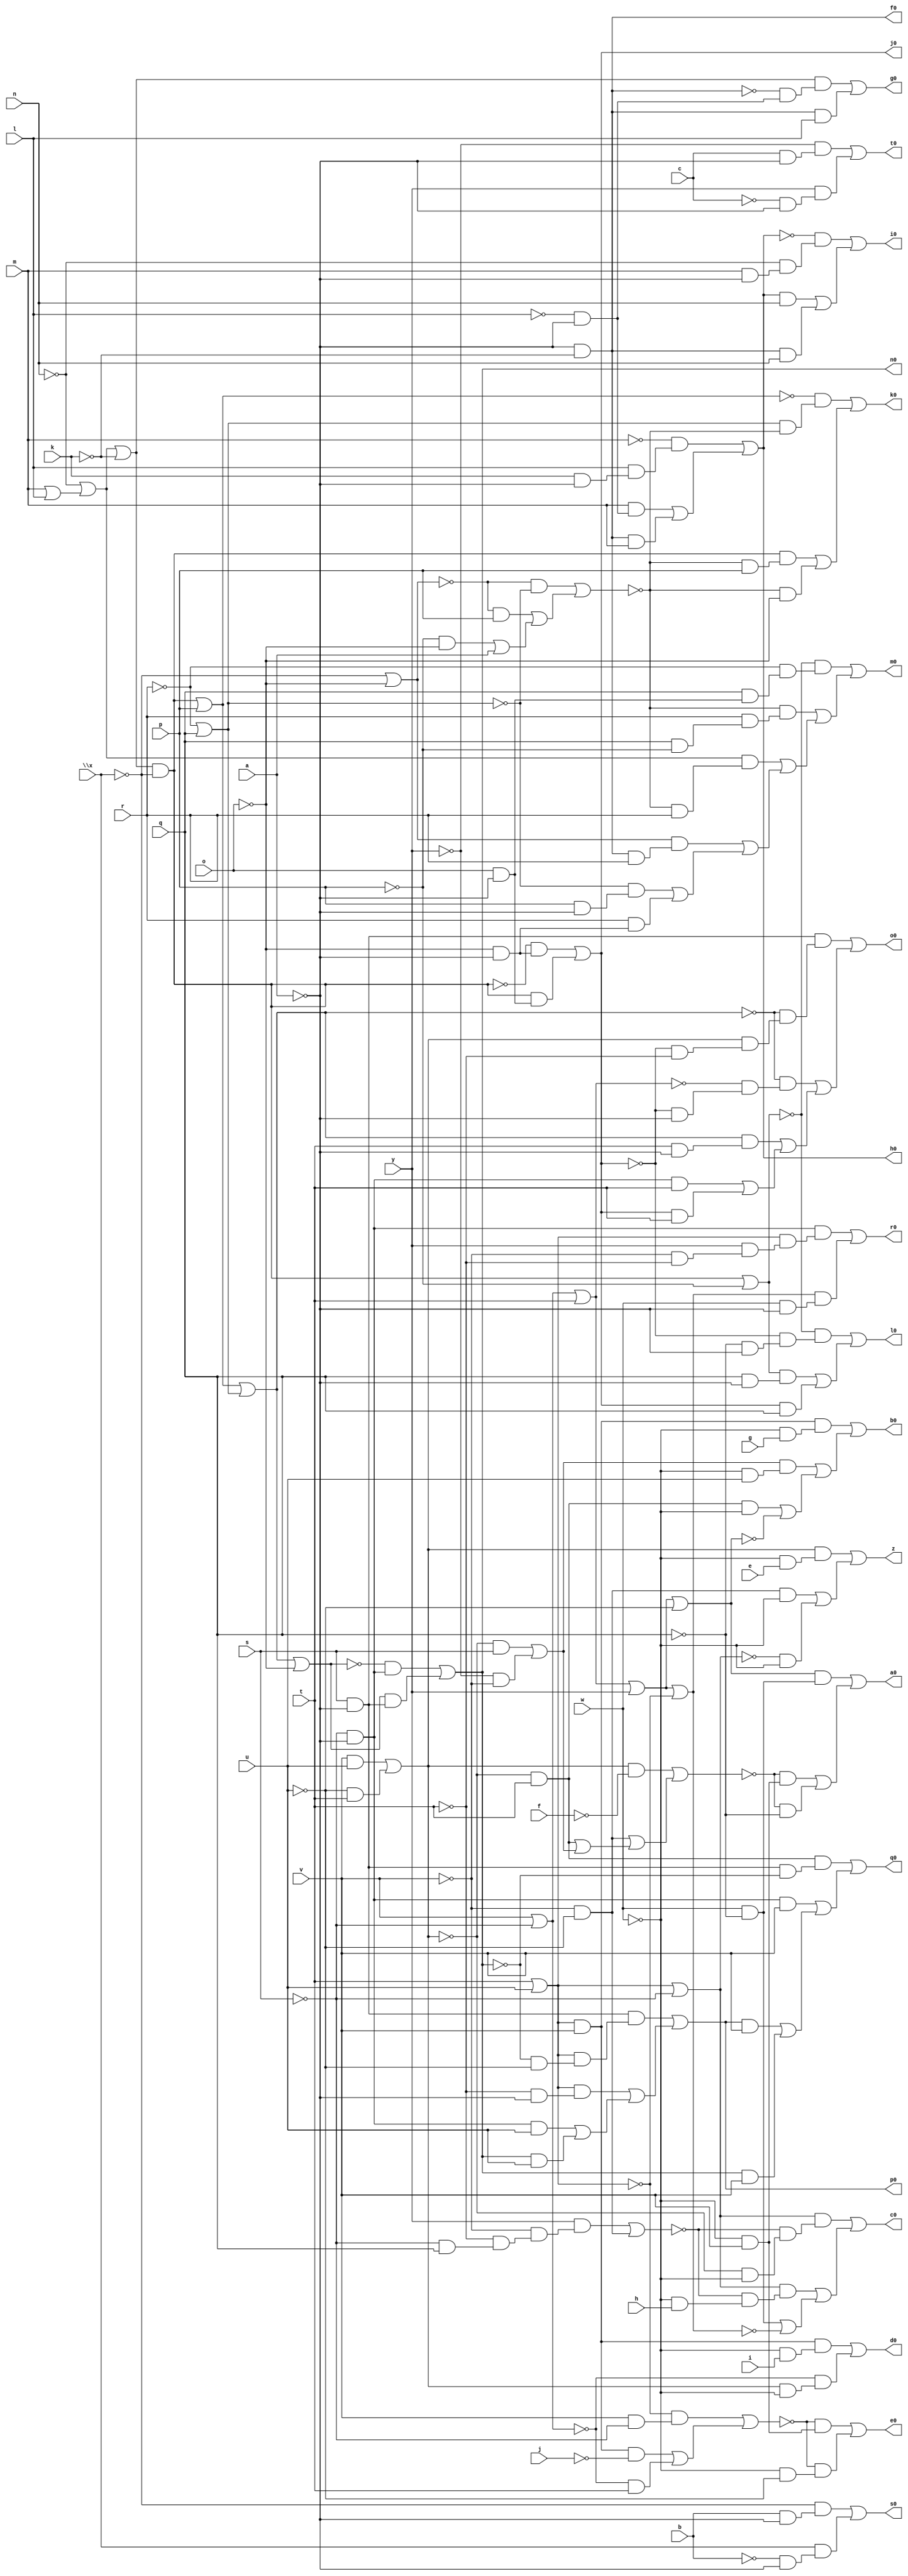
// IWLS benchmark module "ttt2" printed on Wed May 29 17:30:25 2002
module ttt2(a, b, c, e, f, g, h, i, j, k, l, m, n, o, p, q, r, s, t, u, v, w, \x , y, z, a0, b0, c0, d0, e0, f0, g0, h0, i0, j0, k0, l0, m0, n0, o0, p0, q0, r0, s0, t0);
input
  a,
  b,
  c,
  e,
  f,
  g,
  h,
  i,
  j,
  k,
  l,
  m,
  n,
  o,
  p,
  q,
  r,
  s,
  t,
  u,
  v,
  w,
  \x ,
  y;
output
  g0,
  h0,
  i0,
  j0,
  k0,
  l0,
  m0,
  z,
  n0,
  o0,
  p0,
  q0,
  r0,
  s0,
  t0,
  a0,
  b0,
  c0,
  d0,
  e0,
  f0;
wire
  \[26] ,
  \[27] ,
  \[28] ,
  j2,
  \[29] ,
  k2,
  \[10] ,
  \[45] ,
  \[11] ,
  \[12] ,
  \[13] ,
  \[48] ,
  o2,
  \[14] ,
  \[49] ,
  \[0] ,
  \[15] ,
  \[30] ,
  \[1] ,
  \[16] ,
  \[31] ,
  \[2] ,
  \[17] ,
  \[32] ,
  \[3] ,
  \[18] ,
  \[33] ,
  \[4] ,
  \[19] ,
  \[5] ,
  \[6] ,
  w1,
  w3,
  \[36] ,
  \[7] ,
  \[37] ,
  \[8] ,
  \[38] ,
  \[9] ,
  z1,
  \[39] ,
  a3,
  \[20] ,
  \[21] ,
  \[23] ,
  \[24] ,
  f3,
  \[25] ;
assign
  g0 = \[7] ,
  \[26]  = \[23]  | t,
  h0 = \[8] ,
  \[27]  = \[24]  | \[21] ,
  i0 = \[9] ,
  \[28]  = \[26]  | y,
  j0 = \[10] ,
  j2 = (v & u) | (~u & t),
  \[29]  = (~j2 & s) | (~y & ~v),
  k0 = \[11] ,
  k2 = (y & (~v & (~t & (~s & q)))) | \[49] ,
  \[10]  = (~w3 & (~o & ~a)) | (w3 & (o & ~a)),
  \[45]  = \[27]  | ~o,
  l0 = \[12] ,
  \[11]  = (~\[24]  & (\[21]  & ~f3)) | ((w3 & (~f3 & p)) | (~f3 & ~o)),
  m0 = \[13] ,
  \[12]  = (~\[30]  & (~\[10]  & (~q & ~a))) | ((\[30]  & (q & ~a)) | (\[10]  & q)),
  z = \[0] ,
  n0 = \[14] ,
  \[13]  = (~\[30]  & (~r & (q & (o & ~a)))) | ((~f3 & (r & (q & ~p))) | ((\[38]  & (~f3 & r)) | ((\[31]  & (\[6]  & r)) | ((~\[21]  & (p & ~a)) | (r & (~o & ~a)))))),
  \[48]  = ~j2 & t,
  o0 = \[15] ,
  o2 = (~z1 & (v & ~s)) | ((\[39]  & ~j) | (~\[23]  & t)),
  \[14]  = (~\[45]  & \[33] ) | (\[45]  & \[32] ),
  \[49]  = ~v & ~u,
  p0 = \[16] ,
  \[0]  = (j2 & (~w & e)) | ((\[49]  & ~w) | (~\[25]  & ~w)),
  \[15]  = (\[32]  & (~\[27]  & (j2 & (~\[10]  & ~t)))) | ((~\[27]  & (~\[26]  & (~\[10]  & ~a))) | ((\[27]  & (t & ~a)) | ((\[33]  & t) | (\[10]  & t)))),
  q0 = \[17] ,
  \[30]  = w3 | ~p,
  \[1]  = (\[37]  & (w & ~q)) | ((~w1 & (~w & v)) | (~w1 & ~q)),
  \[16]  = (\[32]  & (z1 & (~\[14]  & ~u))) | ((z1 & (~t & ~a)) | ((\[33]  & u) | (\[14]  & u))),
  r0 = \[18] ,
  \[31]  = ~\x  | ~o,
  \[2]  = (\[39]  & (~w & g)) | ((\[29]  & (~w & u)) | ((\[48]  & ~w) | ~\[37] )),
  \[17]  = (\[48]  & (\[32]  & ~\[14] )) | ((\[33]  & v) | ((\[16]  & v) | (\[14]  & v))),
  s0 = \[19] ,
  \[32]  = s & ~a,
  \[3]  = (\[25]  & (~k2 & (~j2 & ~w))) | ((\[25]  & (~k2 & (~w & h))) | ((w & ~q) | ~\[36] )),
  \[18]  = (\[33]  & (z1 & (y & (~v & ~t)))) | (\[36]  & (w & ~a)),
  t0 = \[20] ,
  \[33]  = ~s & ~a,
  \[4]  = (\[39]  & (~w & i)) | (~\[23]  & (j2 & ~w)),
  \[19]  = (~\x  & (b & ~a)) | (\x  & (~b & ~a)),
  \[5]  = (~o2 & (~w & v)) | (~o2 & (~w & ~u)),
  \[6]  = ~a & ~k,
  w1 = (j2 & ~f) | (\[49]  | (\[48]  | \[29] )),
  w3 = a3 & ~\x ,
  \[36]  = \[28]  | ~z1,
  \[7]  = (a3 & (~\[6]  & (~l & ~a))) | (\[6]  & l),
  \[37]  = \[28]  | ~u,
  \[8]  = (~m & (l & (k & ~a))) | ((m & (~l & ~a)) | (\[6]  & m)),
  \[38]  = ~n | (m | l),
  \[9]  = (~\[8]  & (~n & (m & ~a))) | ((\[8]  & n) | (\[6]  & n)),
  z1 = t | u,
  \[39]  = z1 & v,
  a0 = \[1] ,
  a3 = \[38]  | ~k,
  \[20]  = (~y & (c & ~a)) | (y & (~c & ~a)),
  b0 = \[2] ,
  \[21]  = ~r | q,
  c0 = \[3] ,
  d0 = \[4] ,
  \[23]  = v | ~s,
  e0 = \[5] ,
  \[24]  = w3 | p,
  f0 = \[6] ,
  f3 = (~\[31]  & ~\[21] ) | ((~\[31]  & p) | ((~p & ~o) | a)),
  \[25]  = z1 | ~s;
endmodule